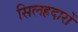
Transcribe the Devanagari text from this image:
सिलहदारों